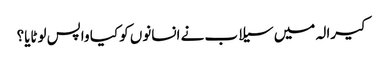
کیرالہ میں سیلاب نے انسانوں کو کیا واپس لوٹایا؟